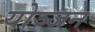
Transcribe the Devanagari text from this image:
योञ्जन